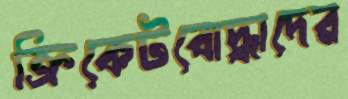
ক্রিকেটবোদ্ধাদের